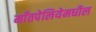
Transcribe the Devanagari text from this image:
माँतपेलियेमधील